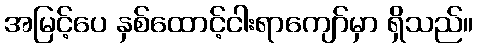
အမြင့်ပေ နှစ်ထောင့်ငါးရာကျော်မှာ ရှိသည်။